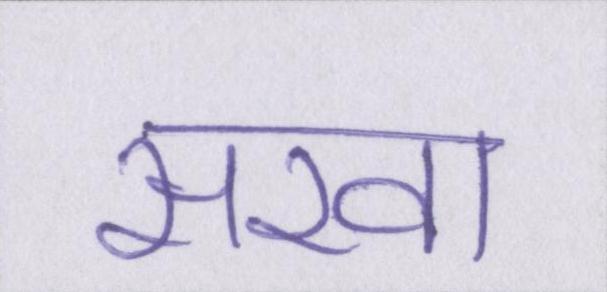
सखा